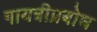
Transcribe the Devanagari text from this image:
गायत्रीप्रबोध